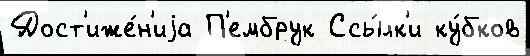
Дост'иже́н'иjа П'ембрук Ссы́лк'и ку́бков